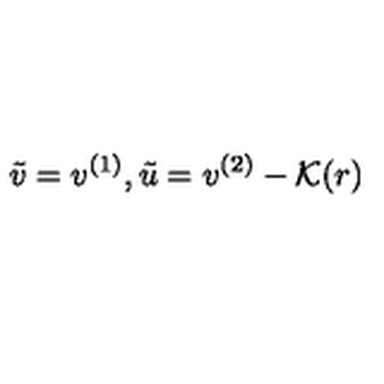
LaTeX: \tilde { v } = v ^ { ( 1 ) } , \tilde { u } = v ^ { ( 2 ) } - \mathcal { K } ( r )